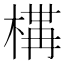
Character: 𭫐